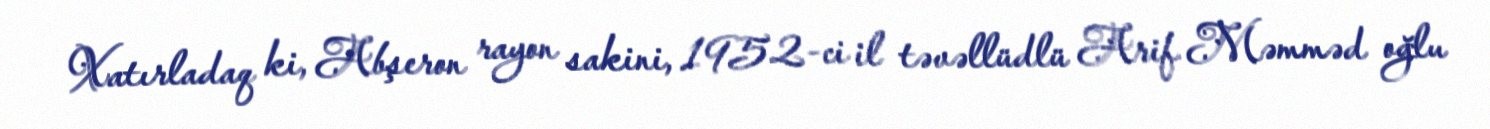
Xatırladaq ki, Abşeron rayon sakini, 1952-ci il təvəllüdlü Arif Məmməd oğlu